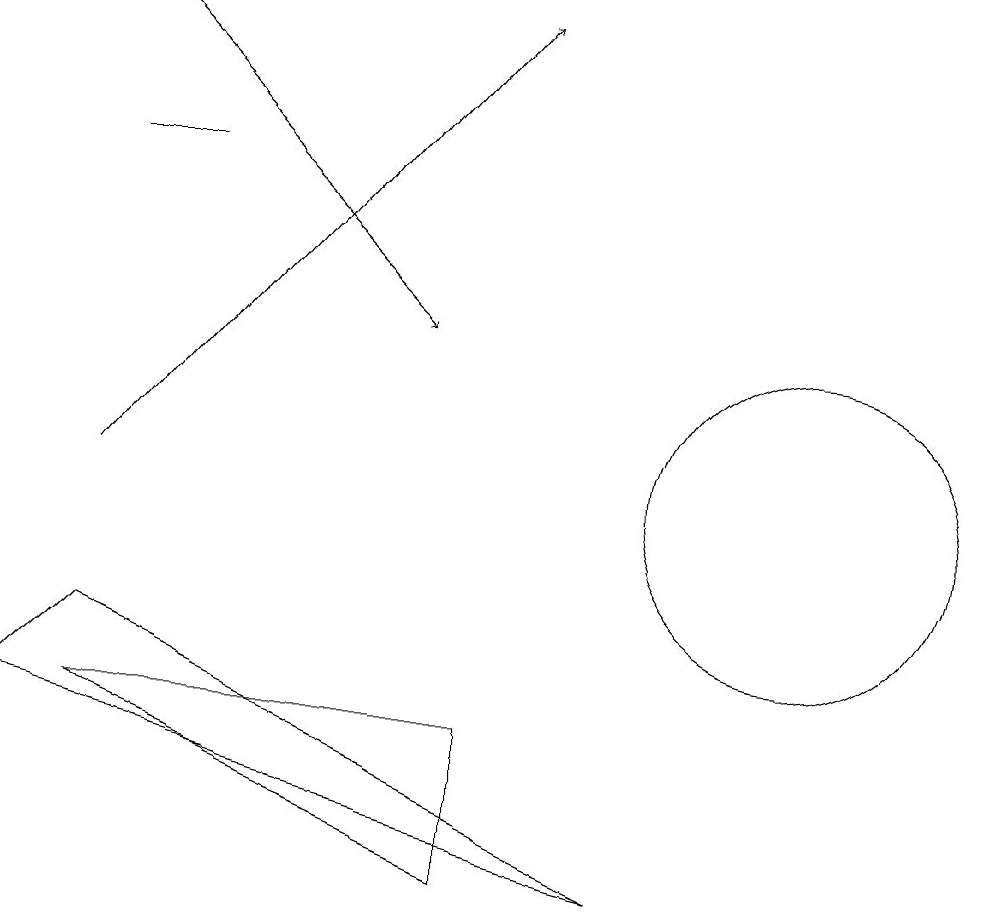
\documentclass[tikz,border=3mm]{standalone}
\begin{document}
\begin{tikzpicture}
\draw (6,7) -- (6,5) -- (1,7) -- cycle;
\draw[->] (1,10) -- (6,16);
\draw[->] (1,16) -- (5,12);
\draw (1,14) rectangle (2,14);
\draw (10,10) circle (2);
\draw (8,5) -- (1,8) -- (0,7) -- cycle;
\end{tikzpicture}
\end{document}